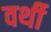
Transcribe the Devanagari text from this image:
वर्थी